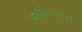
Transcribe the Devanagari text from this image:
कछियावाड़ा